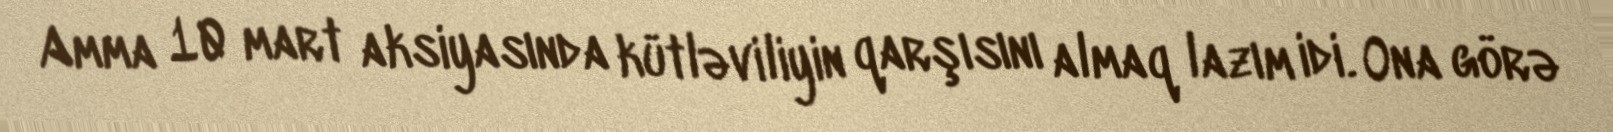
Amma 10 mart aksiyasında kütləviliyin qarşısını almaq lazım idi. Ona görə